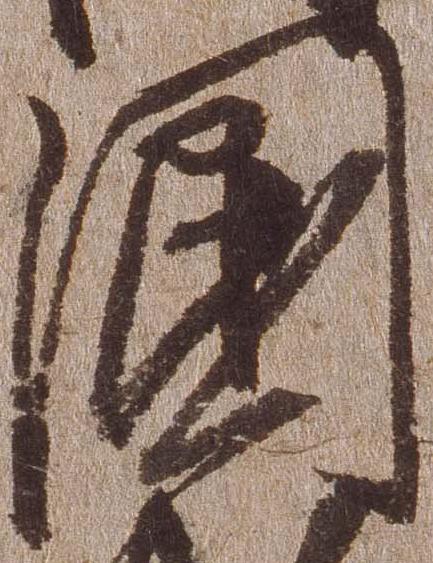
国